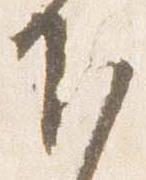
下